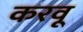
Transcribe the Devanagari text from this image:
करवू